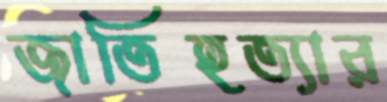
জাতিহত্যার